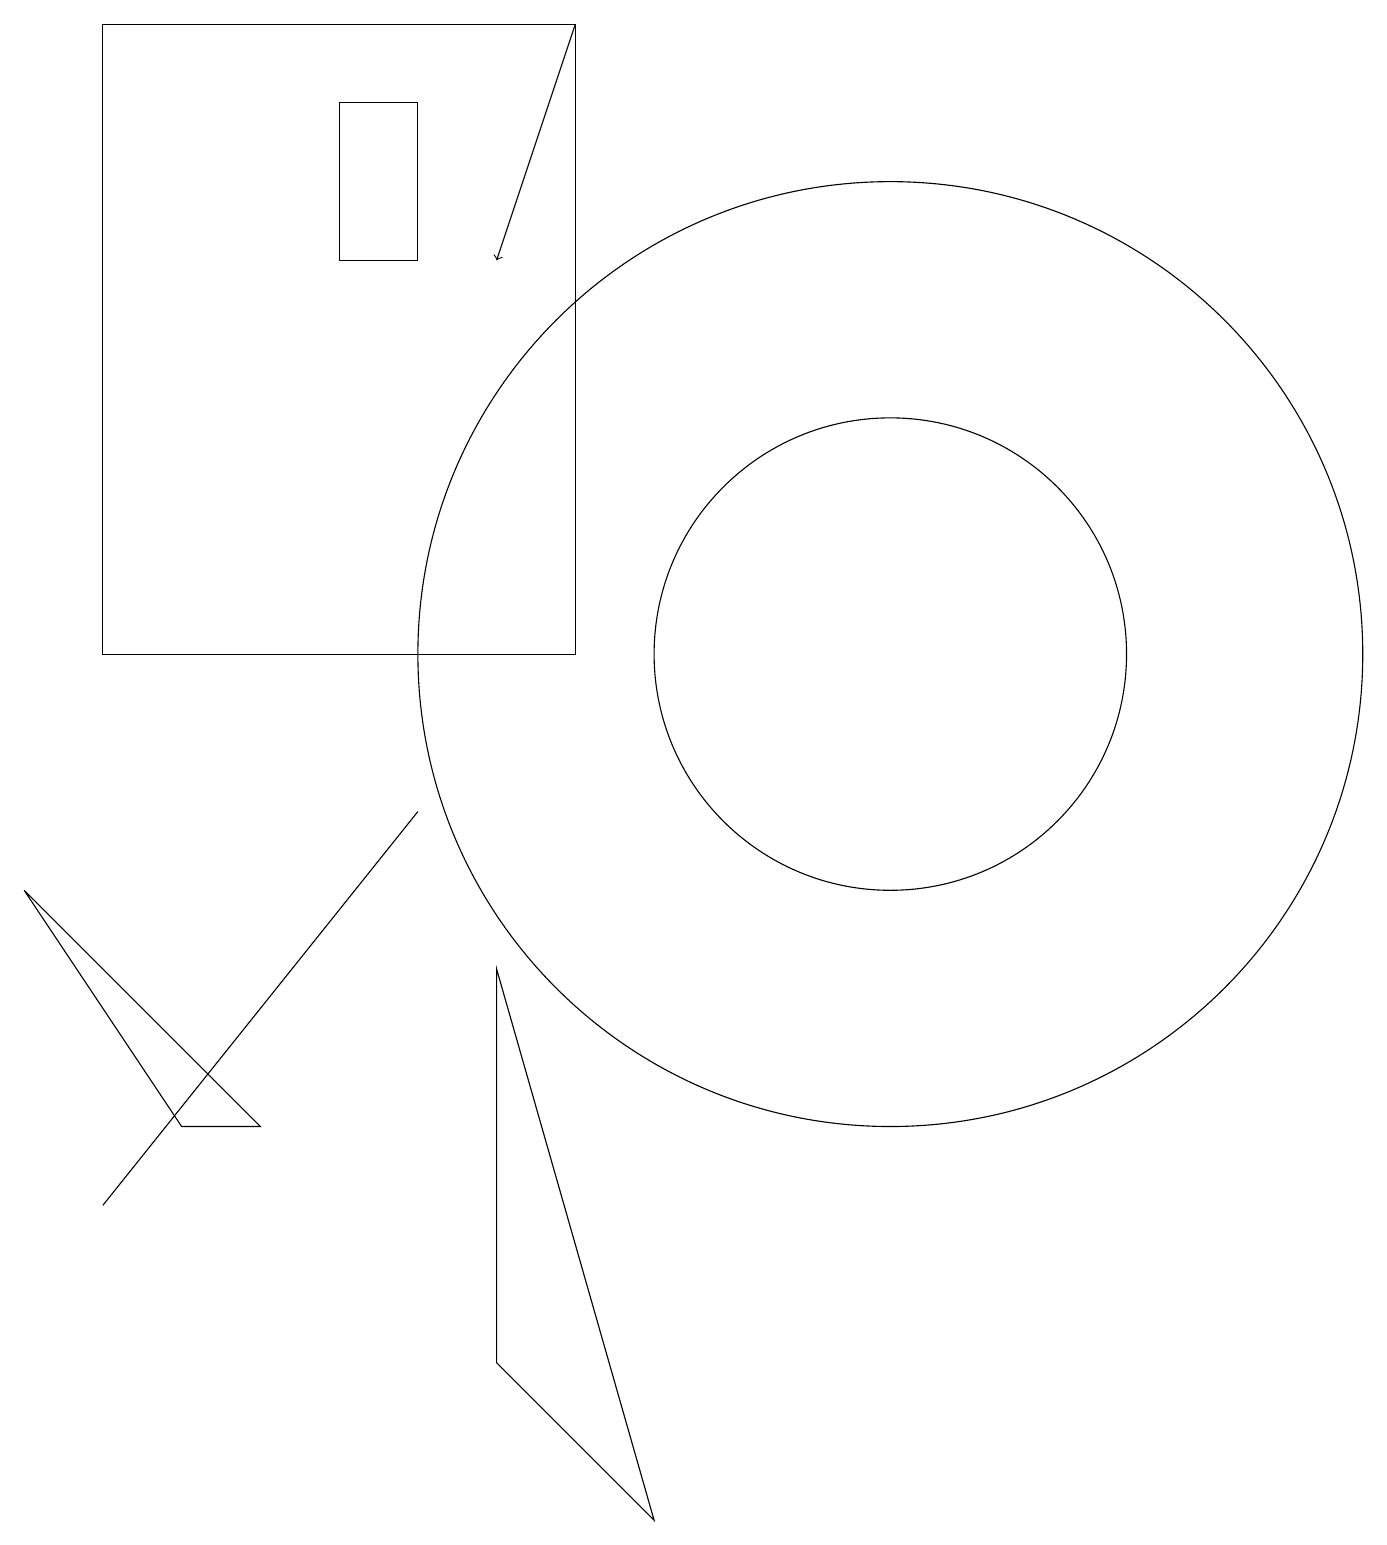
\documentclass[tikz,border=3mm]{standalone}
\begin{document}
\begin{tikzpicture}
\draw (6,7) -- (8,0) -- (6,2) -- cycle;
\draw (5,18) rectangle (4,16);
\draw (1,4) -- (5,9) -- (5,9) -- cycle;
\draw (7,11) rectangle (1,19);
\draw[->] (7,19) -- (6,16);
\draw (2,5) -- (0,8) -- (3,5) -- cycle;
\draw (11,11) circle (6);
\draw (11,11) circle (3);
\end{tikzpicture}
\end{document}